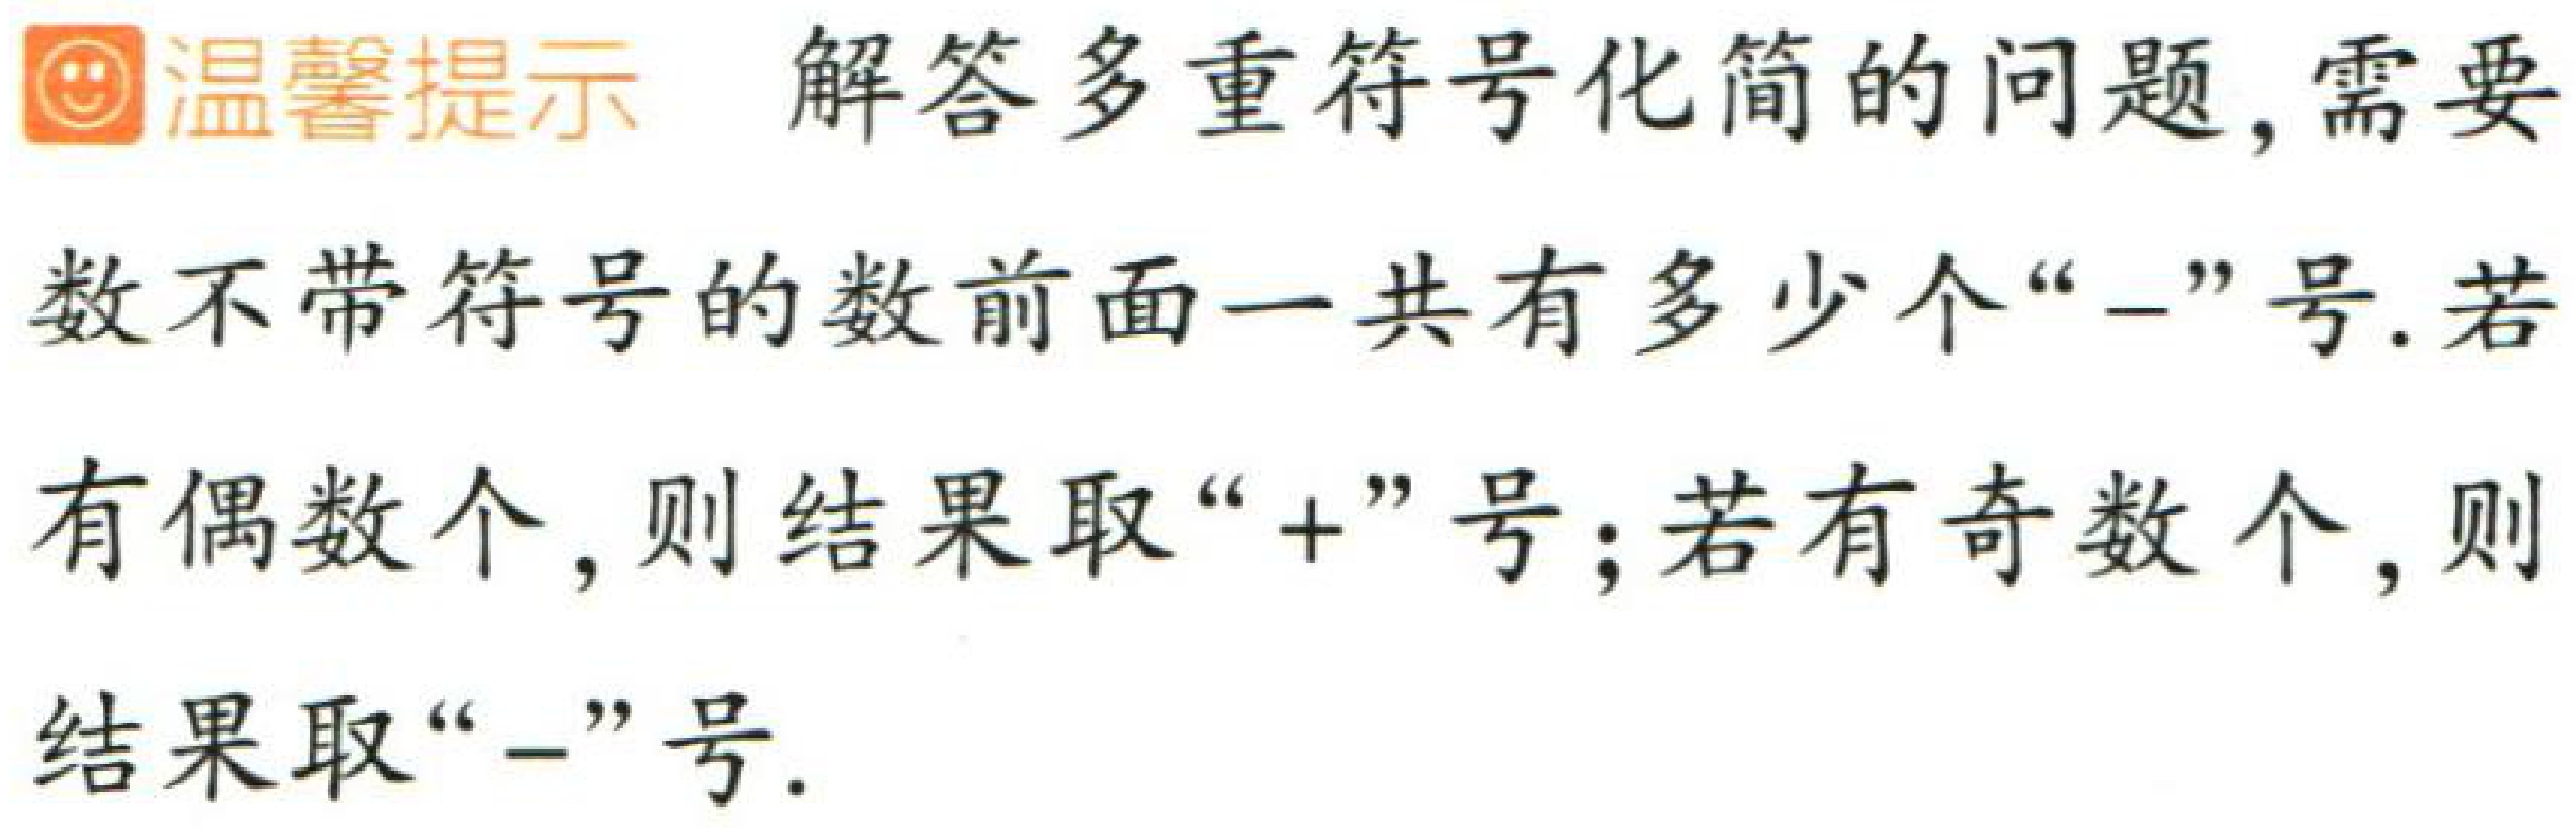
温馨提示 解答多重符号化简的问题, 需要数不带符号的数前面一共有多少个“-”号. 若有偶数个, 则结果取“+”号; 若有奇数个, 则结果取“-”号.